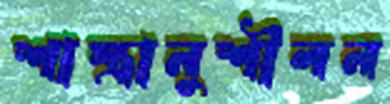
শাস্ত্রানুশীলন